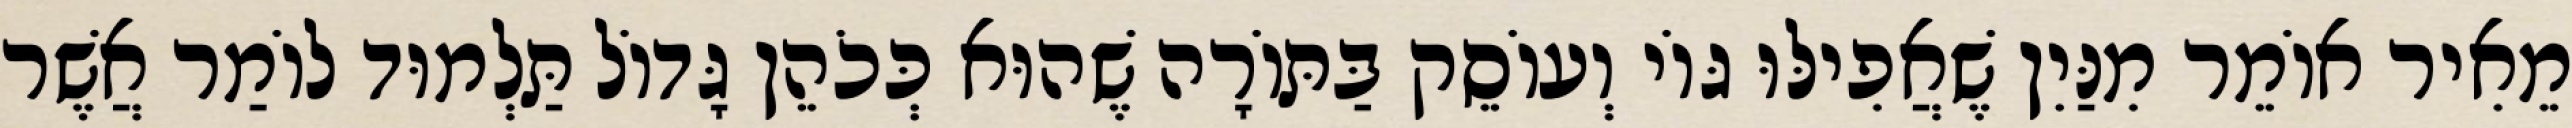
מֵאִיר אוֹמֵר מִנַּיִן שֶׁאֲפִילּוּ גּוֹי וְעוֹסֵק בַּתּוֹרָה שֶׁהוּא כְּכֹהֵן גָּדוֹל תַּלְמוּד לוֹמַר אֲשֶׁר